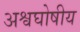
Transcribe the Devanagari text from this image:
अश्वघोषीय